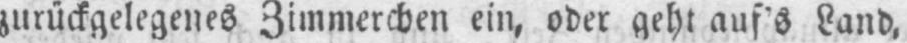
zurückgelegenes Zimmerchen ein, oder geht auf’s Land,